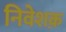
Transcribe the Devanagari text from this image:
निवेशक़